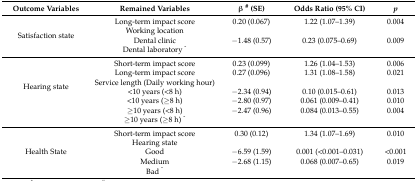
| Outcome Variables | Remained Variables | β # (SE) | Odds Ratio (95% CI) | p |
 | --- | --- | --- | --- | --- |
 | <ROWSPAN=4> Satisfaction state | Long-term impact score | 0.20 (0.067) | 1.22 (1.07–1.39) | 0.004 |
 | Working location |  |  |  |
 | Dental clinic | −1.48 (0.57) | 0.23 (0.075–0.69) | 0.009 |
 | Dental laboratory ^ |  |  |  |
 | <ROWSPAN=7> Hearing state | Short-term impact score | 0.23 (0.099) | 1.26 (1.04–1.53) | 0.006 |
 | Long-term impact score | 0.27 (0.096) | 1.31 (1.08–1.58) | 0.021 |
 | Service length (Daily working hour) |  |  |  |
 | <10 years (<8 h) | −2.34 (0.94) | 0.10 (0.015–0.61) | 0.013 |
 | <10 years (≥8 h) | −2.80 (0.97) | 0.061 (0.009–0.41) | 0.010 |
 | ≥10 years (<8 h) | −2.47 (0.96) | 0.084 (0.013–0.55) | 0.004 |
 | ≥10 years (≥8 h) ^ |  |  |  |
 | <ROWSPAN=5> Health State | Short-term impact score | 0.30 (0.12) | 1.34 (1.07–1.69) | 0.010 |
 | Hearing state |  |  |  |
 | Good | −6.59 (1.59) | 0.001 (<0.001–0.031) | <0.001 |
 | Medium | −2.68 (1.15) | 0.068 (0.007–0.65) | 0.019 |
 | Bad ^ |  |  |  |